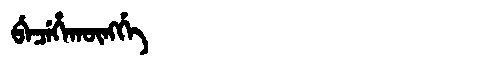
Manchu: ᠪᡝᠴᡝᡥᠠᡴᡡᠩᡤᡝ
Romanization: BECEHAKŪNGGE